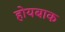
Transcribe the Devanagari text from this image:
होयबाक